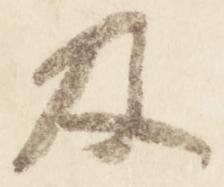
及